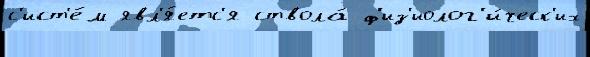
с'ист'е́м явл'я́етс'я ствола́ ф'из'иолог'и́ческ'их